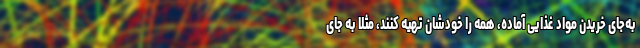
به‌جای خریدن مواد غذایی آماده، همه را خودشان تهیه کنند، مثلا به‌ جای